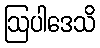
ဩပါဒေသိ